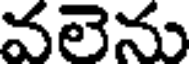
వలెను